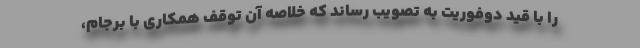
را با قید دوفوریت به تصویب رساند که خلاصه‌ آن توقف همکاری با برجام،